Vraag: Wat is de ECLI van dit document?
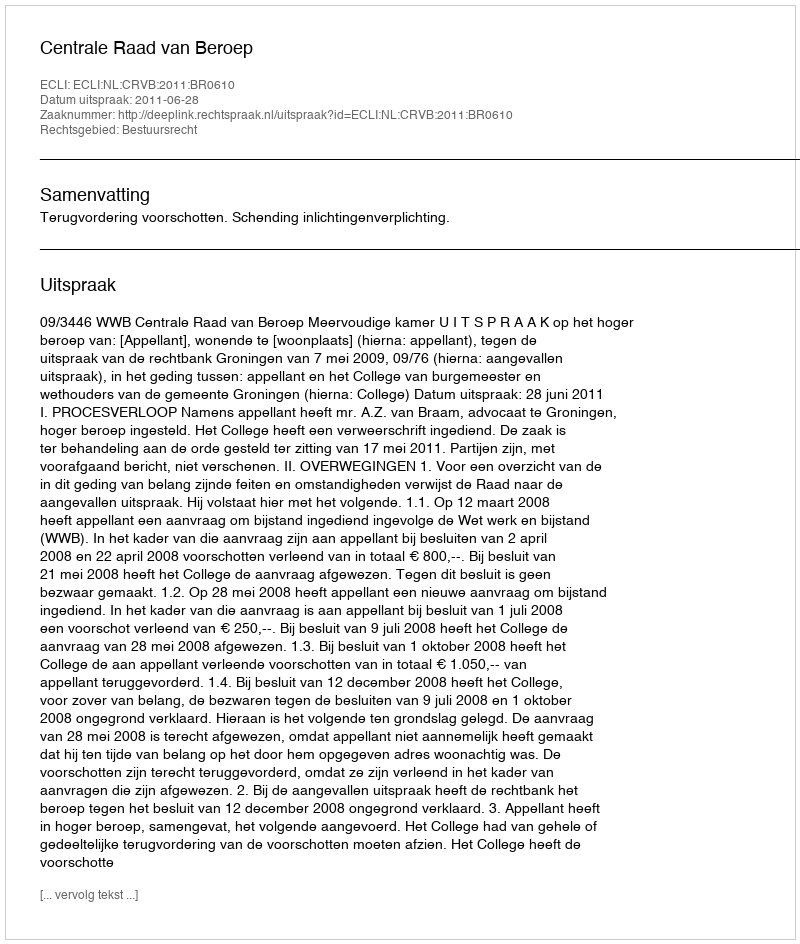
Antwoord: ECLI:NL:CRVB:2011:BR0610